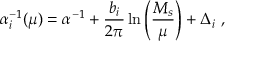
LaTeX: \alpha _ { i } ^ { - 1 } ( \mu ) = \alpha ^ { - 1 } + { \frac { b _ { i } } { 2 \pi } } \ln \left( { \frac { M _ { s } } { \mu } } \right) + \Delta _ { i } ~ ,